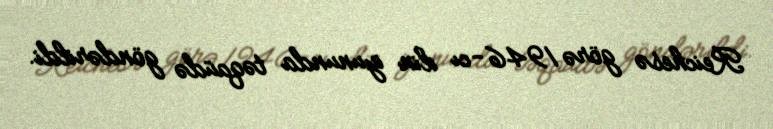
Reichesə görə 1946-cı ilin iyununda təqaüdə göndərildi.